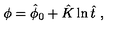
\phi = \hat { \phi } _ { 0 } + \hat { K } \ln \hat { t } \ ,